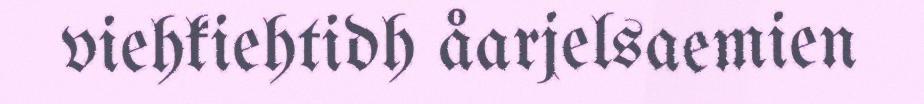
viehkiehtidh åarjelsaemien